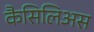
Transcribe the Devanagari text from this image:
कैसिलिअस